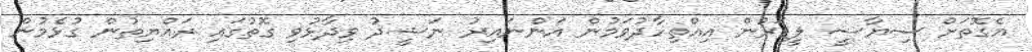
އެގޮތަށް ސިޔާސީ ލީޑަރުން އިއްތިހާދުވަމުން އަންނައިރު ނަޝީދު ވިދާޅުވި ގޮތުގައި ރައްޔިތުން ގުޅެމުން